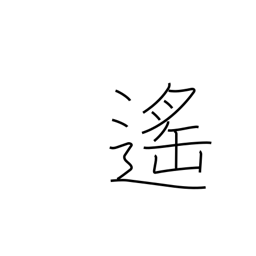
Meaning: distant